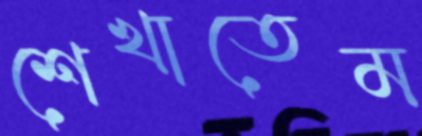
শেখাতেম